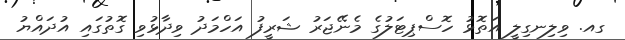
ގއ. ވިލިނގިލީ އަތޮޅު ހޮސްޕިޓަލުގެ މެނޭޖަރު ޝަރީފު އަހްމަދު ވިދާޅުވި ގޮތުގައި އުދައްޔު